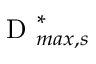
\mathrm { ~ D ~ } _ { m a x , s } ^ { * }